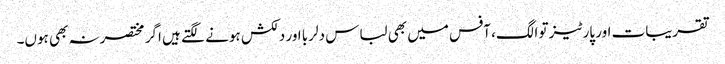
تقریبات اور پارٹیز تو الگ، آفس میں بھی لباس دلربا اور دلکش ہونے لگتے ہیں اگر مختصرنہ بھی ہوں۔